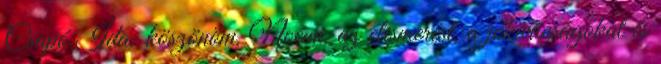
Csapó Ida: köszönöm, Noémi, az elismerést, a jókívánságokat és